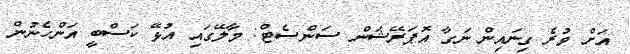
އަށް ވުރެ ގިނައިން ނަގާ އޮޕަރޭޝަން ސަންސެޓް: މާލޭގައި އުޅޭ ކަސްބީ އަންހެނުން